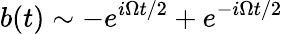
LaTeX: b(t)\sim-e^{i\Omega t/2}+e^{-i\Omega t/2}